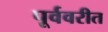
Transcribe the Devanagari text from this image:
पूर्ववरीत